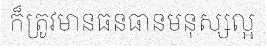
ក៏ត្រូវមានធនធានមនុស្សល្អ